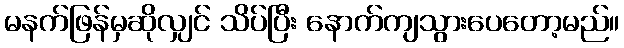
မနက်ဖြန်မှဆိုလျှင် သိပ်ပြီး နောက်ကျသွားပေတော့မည်။